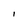
Character: l